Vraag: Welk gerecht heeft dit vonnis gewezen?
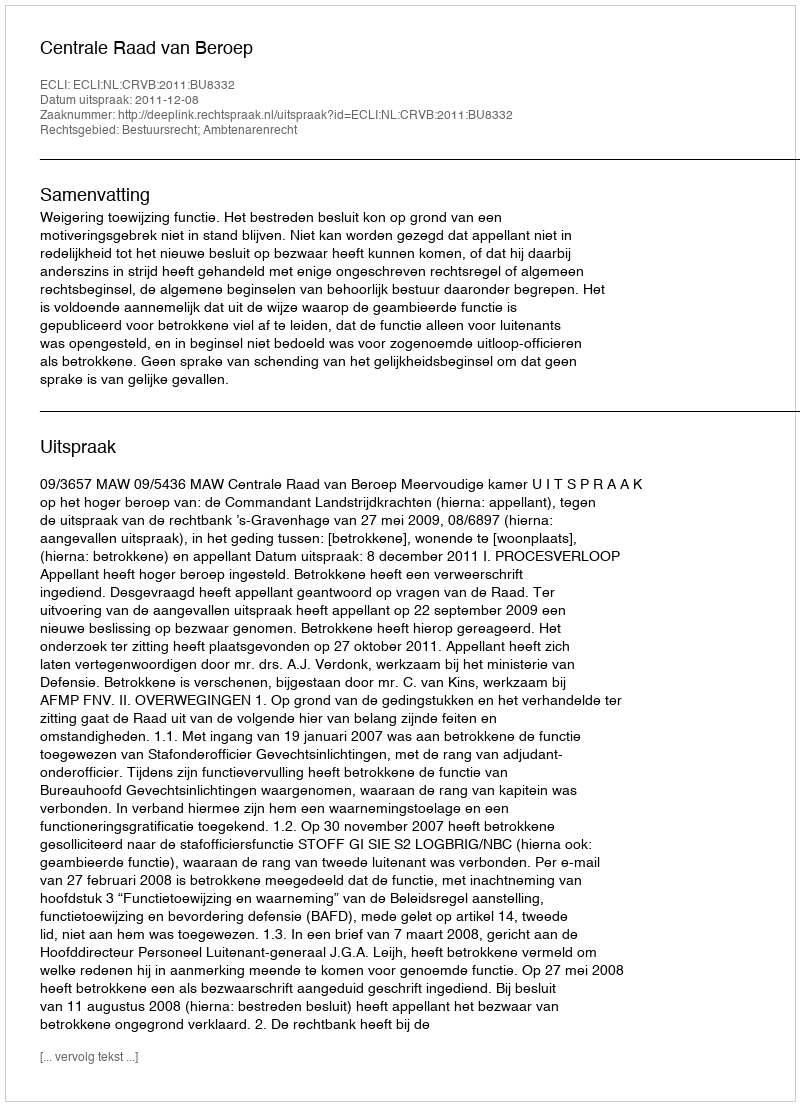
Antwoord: Centrale Raad van Beroep